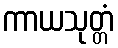
ကာယသုတ္တံ